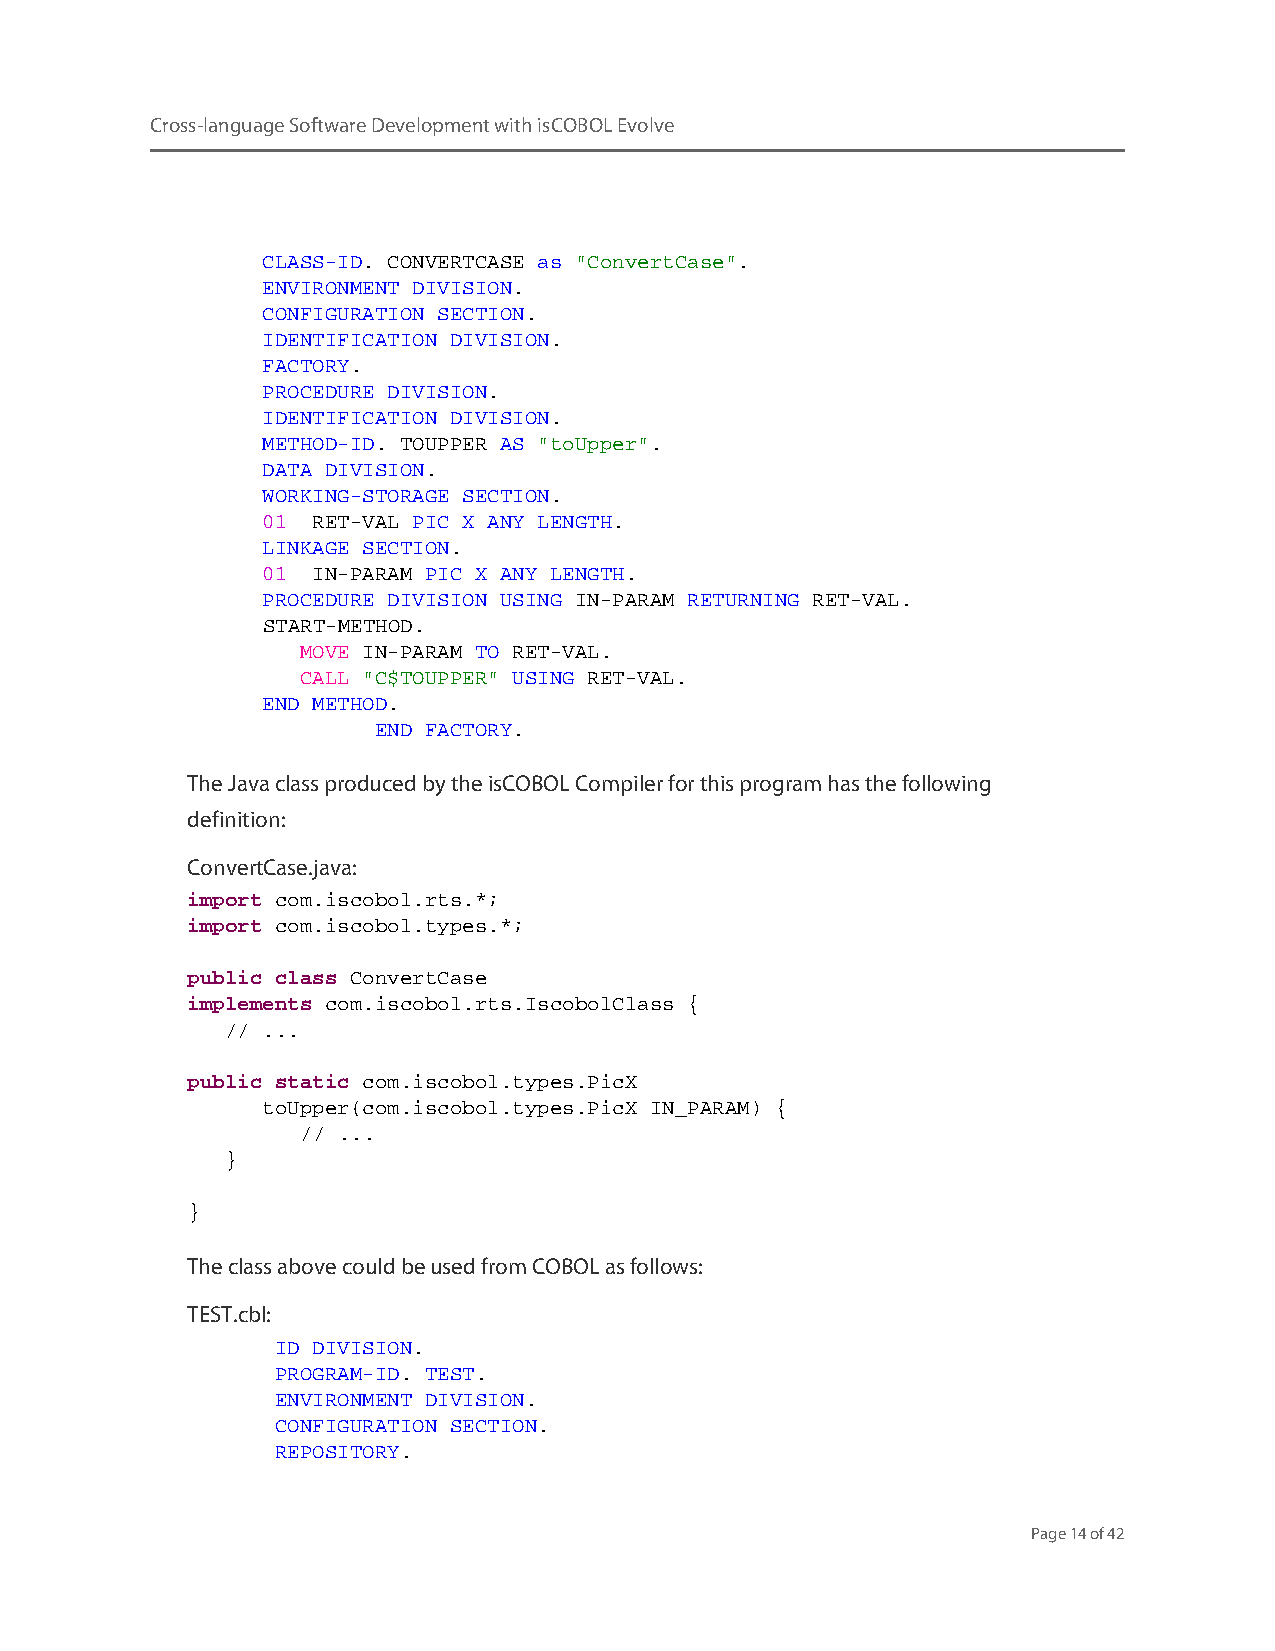
Cross-language Software Development with isCOBOL Evolve
 CLASS-ID. CONVERTCASE as "ConvertCase".
 ENVIRONMENT DIVISION.
 CONFIGURATION SECTION.
 IDENTIFICATION DIVISION.
 FACTORY.
 PROCEDURE DIVISION.
 IDENTIFICATION DIVISION.
 METHOD-ID. TOUPPER AS "toUpper".
 DATA DIVISION.
 WORKING-STORAGE SECTION.
 01  RET-VAL PIC X ANY LENGTH.
 LINKAGE SECTION.
 01  IN-PARAM PIC X ANY LENGTH.
 PROCEDURE DIVISION USING IN-PARAM RETURNING RET-VAL.
 START-METHOD.
 MOVE IN-PARAM TO RET-VAL.
 CALL "C$TOUPPER" USING RET-VAL.
 END METHOD.
 END FACTORY.
 The Java class produced by the isCOBOL Compiler for this program has the following
 definition:
 ConvertCase.java:
 import com.iscobol.rts.*;
 import com.iscobol.types.*;
 public class ConvertCase
 implements com.iscobol.rts.IscobolClass {
 // ...
 public static com.iscobol.types.PicX
 toUpper(com.iscobol.types.PicX IN_PARAM) {
 // ...
 }
 }
 The class above could be used from COBOL as follows:
 TEST.cbl:
 ID DIVISION.
 PROGRAM-ID. TEST.
 ENVIRONMENT DIVISION.
 CONFIGURATION SECTION.
 REPOSITORY.
 Page 14 of 42